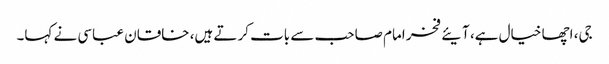
جی، اچھا خیال ہے، آیئے فخر امام صاحب سے بات کرتے ہیں، خاقان عباسی نے کہا۔